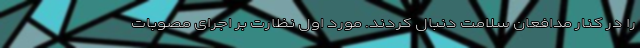
را در کنار مدافعان سلامت دنبال کردند. مورد اول نظارت بر اجرای مصوبات